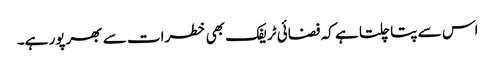
اس سے پتا چلتا ہے کہ فضائی ٹریفک بھی خطرات سے بھرپور ہے۔